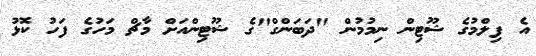
އެ ފިލްމުގެ ޝޫޓިން ނިމުމުން "ދަބަންގް"ގެ ޝޫޓިންއަށް މާޗް މަހުގެ ފަހު ކޮޅު